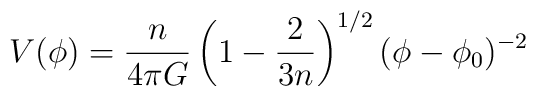
V(\phi) = {n\over 4\pi G}\left( 1- {2\over 3n}\right)^{1/2}   (\phi - \phi_0)^{-2}